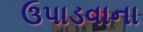
ઉપાડવાના